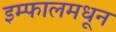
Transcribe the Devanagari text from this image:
इम्फालमधून